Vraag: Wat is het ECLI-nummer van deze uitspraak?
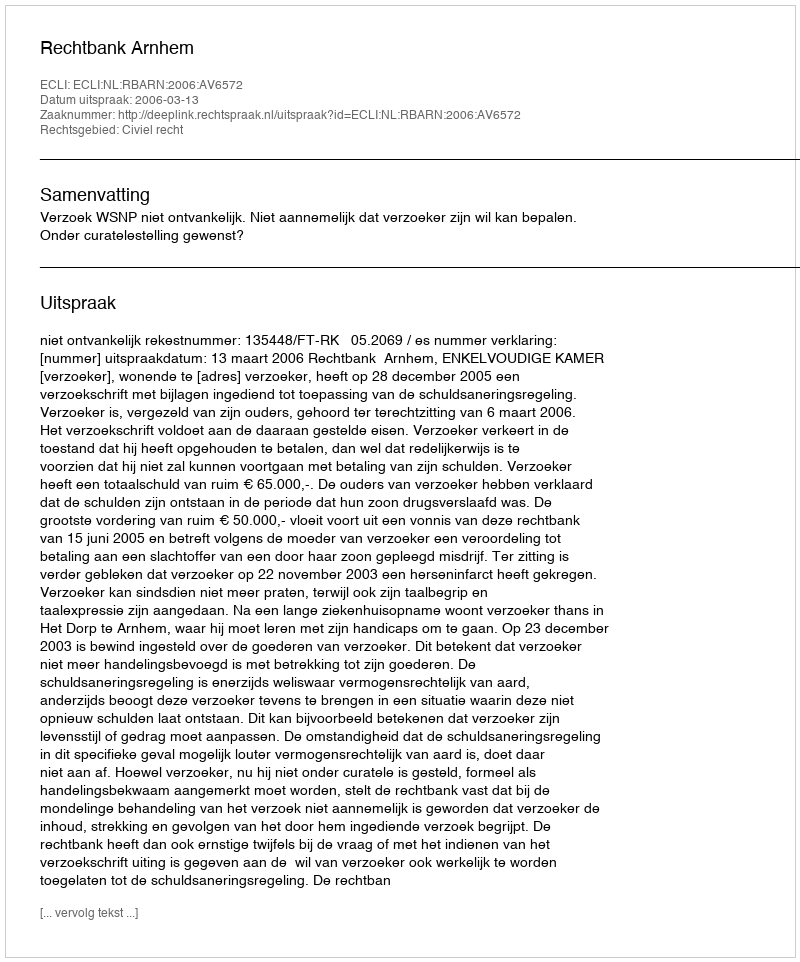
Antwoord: ECLI:NL:RBARN:2006:AV6572